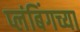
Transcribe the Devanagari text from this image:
प्लंबिंगच्या